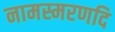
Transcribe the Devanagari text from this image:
नामस्मरणदि